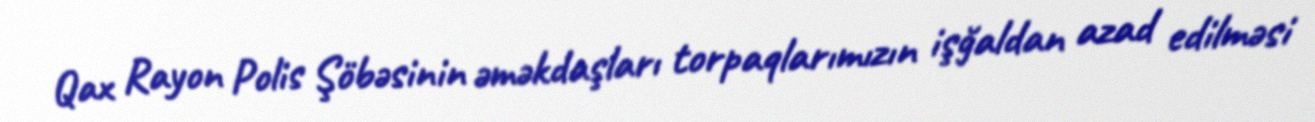
Qax Rayon Polis Şöbəsinin əməkdaşları torpaqlarımızın işğaldan azad edilməsi